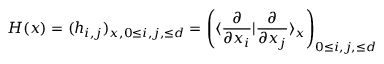
H ( x ) = ( h _ { i , j } ) _ { x , 0 \leq i , j , \leq d } = \left( \langle \frac { \partial } { \partial x _ { i } } | \frac { \partial } { \partial x _ { j } } \rangle _ { x } \right) _ { 0 \leq i , j , \leq d }